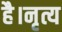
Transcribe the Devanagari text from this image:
है।नृत्य